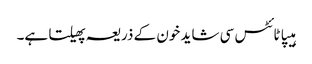
ہیپاٹائٹس سی شاید خون کے ذریعہ پھیلتا ہے۔